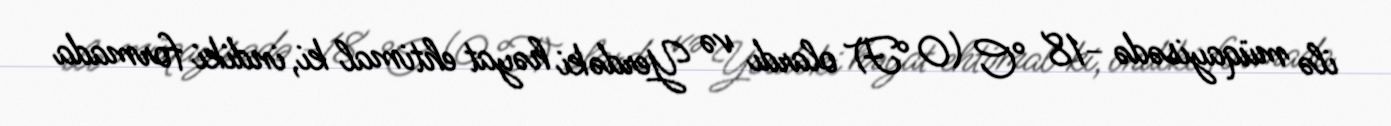
ilə müqayisədə −18 °C (0 °F) olardı və Yerdəki həyat ehtimal ki, indiki formada